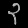
Digit: ၃